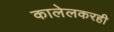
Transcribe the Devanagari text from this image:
कालेलकरही